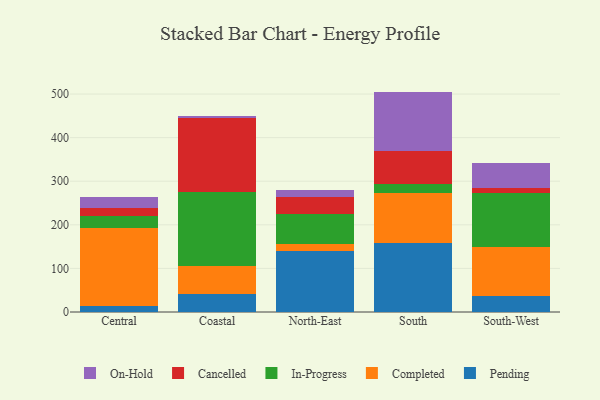
{"axis": {"x": "Region", "y": "Bounce Rate (%)"}, "legend": ["Cancelled", "Completed", "In-Progress", "On-Hold", "Pending"], "data": [{"x": "Central", "y": 14.4, "type": "Pending"}, {"x": "Central", "y": 178.5, "type": "Completed"}, {"x": "Central", "y": 27.7, "type": "In-Progress"}, {"x": "Central", "y": 17.6, "type": "Cancelled"}, {"x": "Central", "y": 25.7, "type": "On-Hold"}, {"x": "Coastal", "y": 40.2, "type": "Pending"}, {"x": "Coastal", "y": 64.3, "type": "Completed"}, {"x": "Coastal", "y": 170.5, "type": "In-Progress"}, {"x": "Coastal", "y": 170.2, "type": "Cancelled"}, {"x": "Coastal", "y": 5.2, "type": "On-Hold"}, {"x": "North-East", "y": 139.9, "type": "Pending"}, {"x": "North-East", "y": 16.6, "type": "Completed"}, {"x": "North-East", "y": 69.4, "type": "In-Progress"}, {"x": "North-East", "y": 37.5, "type": "Cancelled"}, {"x": "North-East", "y": 15.8, "type": "On-Hold"}, {"x": "South", "y": 159.0, "type": "Pending"}, {"x": "South", "y": 113.5, "type": "Completed"}, {"x": "South", "y": 20.3, "type": "In-Progress"}, {"x": "South", "y": 76.0, "type": "Cancelled"}, {"x": "South", "y": 136.8, "type": "On-Hold"}, {"x": "South-West", "y": 37.4, "type": "Pending"}, {"x": "South-West", "y": 111.0, "type": "Completed"}, {"x": "South-West", "y": 125.4, "type": "In-Progress"}, {"x": "South-West", "y": 10.2, "type": "Cancelled"}, {"x": "South-West", "y": 58.1, "type": "On-Hold"}]}